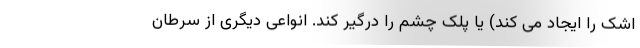
اشک را ایجاد می کند) یا پلک چشم را درگیر کند. انواعی دیگری از سرطان